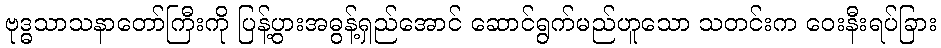
ဗုဒ္ဓသာသနာတော်ကြီးကို ပြန့်ပွားအဓွန့်ရှည်အောင် ဆောင်ရွက်မည်ဟူသော သတင်းက ဝေးနီးရပ်ခြား